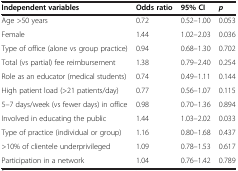
<table><thead><tr><td><b>Independent variables</b></td><td><b>Odds ratio</b></td><td><b>95% CI</b></td><td><b><i>p</i></b></td></tr></thead><tbody><tr><td>Age &gt;50 years</td><td>0.72</td><td>0.52–1.00</td><td>0.053</td></tr><tr><td>Female</td><td>1.44</td><td>1.02–2.03</td><td>0.036</td></tr><tr><td>Type of office (alone vs group practice)</td><td>0.94</td><td>0.68–1.30</td><td>0.702</td></tr><tr><td>Total (vs partial) fee reimbursement</td><td>1.38</td><td>0.79–2.40</td><td>0.254</td></tr><tr><td>Role as an educator (medical students)</td><td>0.74</td><td>0.49–1.11</td><td>0.144</td></tr><tr><td>High patient load (&gt;21 patients/day)</td><td>0.77</td><td>0.56–1.07</td><td>0.115</td></tr><tr><td>5–7 days/week (vs fewer days) in office</td><td>0.98</td><td>0.70–1.36</td><td>0.894</td></tr><tr><td>Involved in educating the public</td><td>1.44</td><td>1.03–2.02</td><td>0.033</td></tr><tr><td>Type of practice (individual or group)</td><td>1.16</td><td>0.80–1.68</td><td>0.437</td></tr><tr><td>&gt;10% of clientele underprivileged</td><td>1.09</td><td>0.78–1.53</td><td>0.617</td></tr><tr><td>Participation in a network</td><td>1.04</td><td>0.76–1.42</td><td>0.789</td></tr></tbody></table>